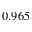
0 . 9 6 5